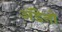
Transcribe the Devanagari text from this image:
अॅडेनो